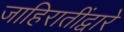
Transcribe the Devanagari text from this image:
जाहिरातींद्वारे